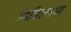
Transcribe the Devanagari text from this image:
मिडिलवेयर